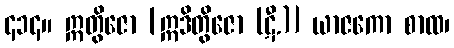
၄၁၄။ ဣတွိဇော [ဣဒိတွိဇော (ဋီ.)] ယာဇကော စာထ၊